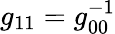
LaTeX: g_{11}=g_{00}^{-1}